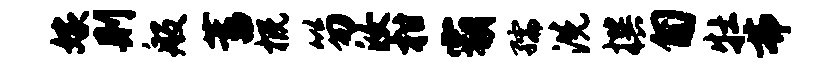
嫁则般蓄概笏汝柑霸孺洗撰匍牡弗